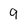
Character: 9